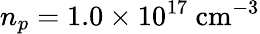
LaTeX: n_{p}=1.0\times 10^{17}\mathrm{~cm}^{-3}